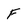
Character: F